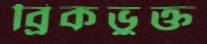
ব্রিকভুক্ত